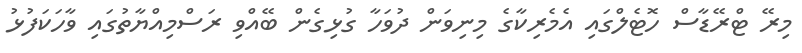
މިރޭ ޓްރޭޑާސް ހޮޓެލްގައި އެމެރިކާގެ މިނިވަން ދުވަހާ ގުޅިގެން ބޭއްވި ރަސްމިއްޔާތުގައި ވާހަކަފުޅު